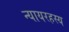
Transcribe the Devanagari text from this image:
न्यायरहस्य